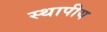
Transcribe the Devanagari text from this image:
स्थापीय